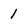
Character: 1